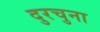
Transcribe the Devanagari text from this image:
दुरचुना